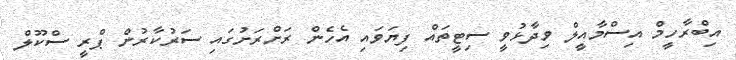
އިބްރާހީމް އިސްމާއީލް ވިދާޅުވީ ސިޓީތައް ފިޔަވައި އެހެން ރަށްރަށުގައި ސަރުކާރުން ޕްރީ ސްކޫލް